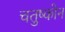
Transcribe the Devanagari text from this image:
चतुष्कोन